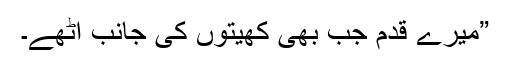
”میرے قدم جب بھی کھیتوں کی جانب اُٹھے۔